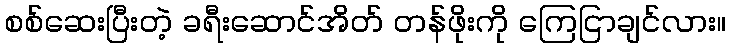
စစ်ဆေးပြီးတဲ့ ခရီးဆောင်အိတ် တန်ဖိုးကို ကြေငြာချင်လား။